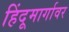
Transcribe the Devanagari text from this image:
हिंदूमार्गावर